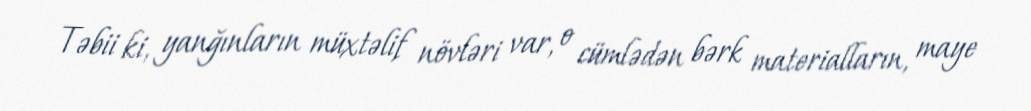
Təbii ki, yanğınların müxtəlif növləri var, o cümlədən bərk materialların, maye